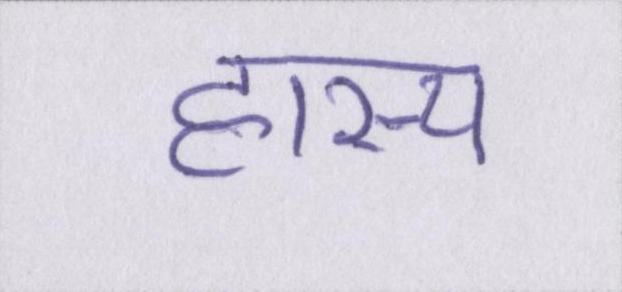
हास्य